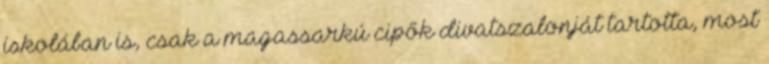
iskolában is, csak a magassarkú cipők divatszalonját tartotta, most